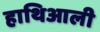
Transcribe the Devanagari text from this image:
हाथिआली